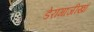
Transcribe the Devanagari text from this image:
डेरागाजीखां